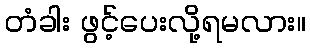
တံခါး ဖွင့်ပေးလို့ရမလား။